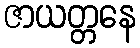
ဇာယတ္တနေ